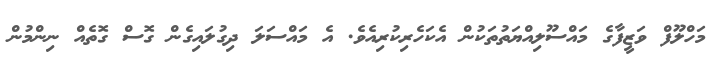
މަހްލޫފް ވަޒީފާގެ މައްސޫލިއްޔަތުތަކުން އެކަހެރިކުރިއެެވެ. އެ މައްސަލަ ދިގުލައިގެން ގޮސް ގޮތެއް ނިންމުން